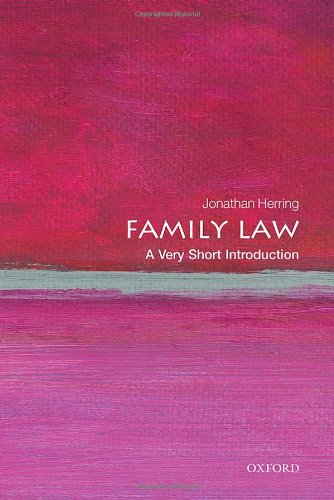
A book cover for Family Law: A Very Short Introduction (Very Short Introductions); Jonathan Herring; Law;